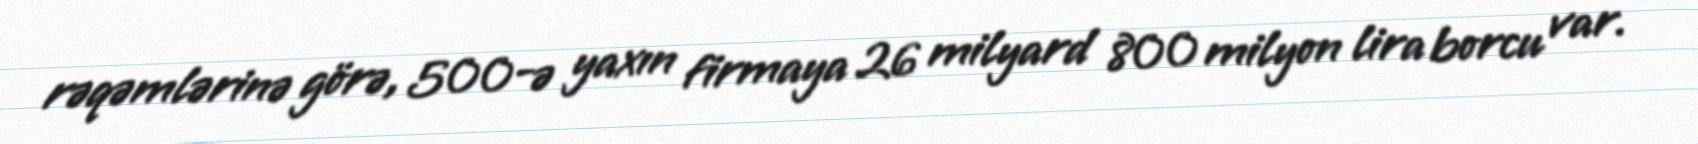
rəqəmlərinə görə, 500-ə yaxın firmaya 26 milyard 800 milyon lira borcu var.